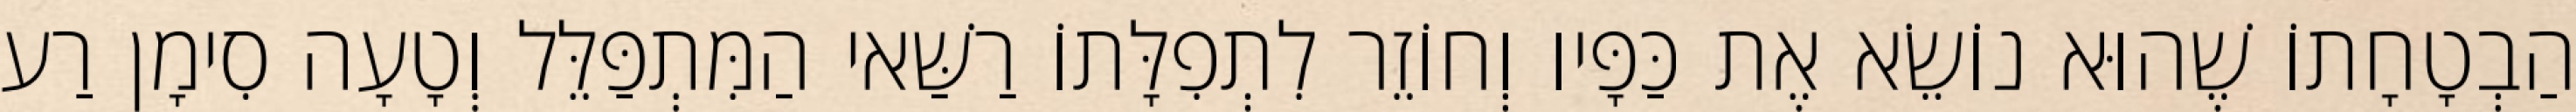
הַבְטָחָתוֹ שֶׁהוּא נוֹשֵׂא אֶת כַּפָּיו וְחוֹזֵר לִתְפִלָּתוֹ רַשַּׁאי הַמִּתְפַּלֵּל וְטָעָה סִימָן רַע